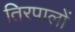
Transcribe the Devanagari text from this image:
तिरपालों